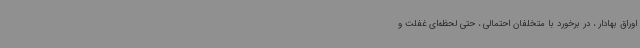
اوراق بهادار ، در برخورد با متخلفان احتمالی ، حتی لحظه‌ای غفلت و